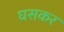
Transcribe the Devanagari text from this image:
घसकर